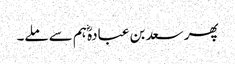
پھر سعد بن عبادہؓ ہم سے ملے۔